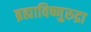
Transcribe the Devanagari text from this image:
ब्रह्माविष्णुरुद्रा